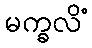
မက္ခလိံ